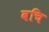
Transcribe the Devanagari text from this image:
बचि